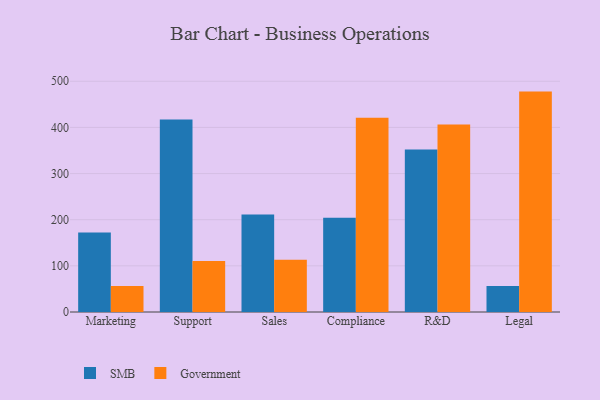
{"axis": {"x": "Department", "y": "Headcount"}, "legend": ["Government", "SMB"], "data": [{"x": "Marketing", "y": 172.2, "type": "SMB"}, {"x": "Marketing", "y": 56.3, "type": "Government"}, {"x": "Support", "y": 417.4, "type": "SMB"}, {"x": "Support", "y": 110.5, "type": "Government"}, {"x": "Sales", "y": 211.2, "type": "SMB"}, {"x": "Sales", "y": 113.2, "type": "Government"}, {"x": "Compliance", "y": 204.4, "type": "SMB"}, {"x": "Compliance", "y": 420.7, "type": "Government"}, {"x": "R&D", "y": 352.1, "type": "SMB"}, {"x": "R&D", "y": 406.1, "type": "Government"}, {"x": "Legal", "y": 56.2, "type": "SMB"}, {"x": "Legal", "y": 477.6, "type": "Government"}]}